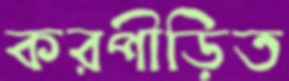
করপীড়িত